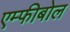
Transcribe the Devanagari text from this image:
एम्फीबोल